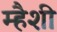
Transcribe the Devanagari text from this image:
म्हैशी